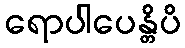
ရောပါပေန္တိပိ